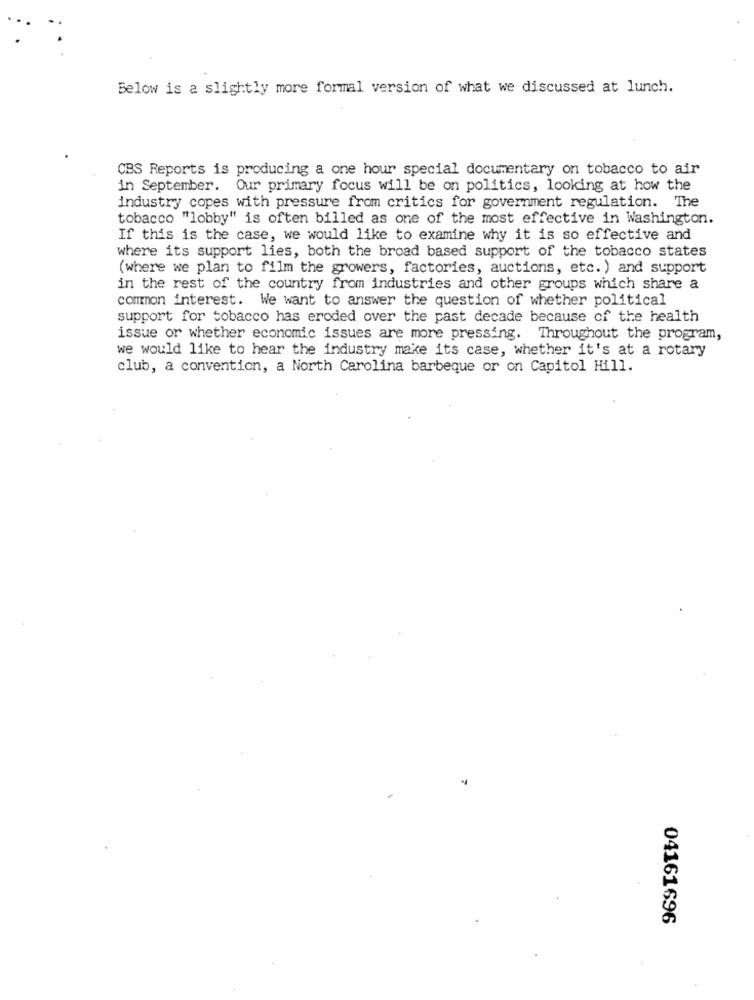
Below is a slightly more formal version of what we discussed at lunch.
CBS Reports is producing a one hour special documentary on tobacco to air
in September. Our primary focus will be on politics, looking at how the
industry copes with pressure from critics for government regulation. The
tobacco "lobby" is often billed as one of the most effective in Washington.
If this is the case, we would like to examine why it is so effective and
where its support lies, both the broad based support of the tobacco states
(where we plan to film the growers, factories, auctions, etc. ) and support
in the rest of the country from industries and other groups which share a
common interest. We want to answer the question of whether political
support for tobacco has eroded over the past decade because of the health
issue or whether economic issues are more pressing. Throughout the program,
we would like to hear the industry make its case, whether it's at a rotary
club, a convention, a North Carolina barbeque or on Capitol Hill.
04161696